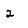
Character: 2